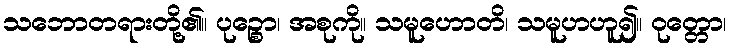
သဘောတရားတို့၏။ ပုဉ္စော၊ အစုကို။ သမူဟောတိ၊ သမူဟဟူ၍။ ဝုတ္တော၊